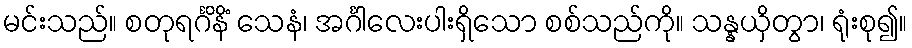
မင်းသည်။ စတုရင်္ဂိနိံ သေနံ၊ အင်္ဂါလေးပါးရှိသော စစ်သည်ကို။ သန္နယှိတွာ၊ ရုံးစု၍။